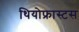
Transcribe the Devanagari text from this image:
थियोफ्रास्टस